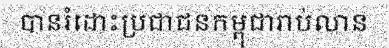
បានរំដោះប្រជាជនកម្ពុជារាប់លាន